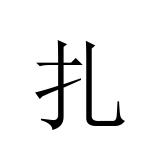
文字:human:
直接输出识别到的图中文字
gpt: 扎